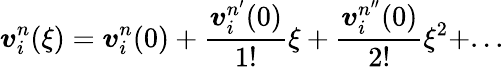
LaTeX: \boldsymbol{v}_{i}^{n}(\xi)=\boldsymbol{v}_{i}^{n}(0)+\frac{\boldsymbol{v}_{i}^{n^{\prime}}(0)}{1!}\xi+\frac{\boldsymbol{v}_{i}^{n^{\prime\prime}}(0)}{2!}\xi^{2}+...